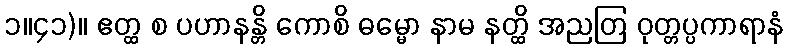
၁။၄၁)။ ဧတ္ထ စ ပဟာနန္တိ ကောစိ ဓမ္မော နာမ နတ္ထိ အညတြ ဝုတ္တပ္ပကာရာနံ